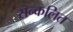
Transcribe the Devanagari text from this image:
सन्कलित